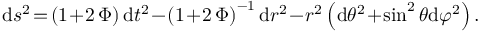
\begin{array} { r } { \begin{array} { r c l } { \displaystyle \mathrm { d } s ^ { 2 } \! = \! \left( 1 \! + \! 2 \, \Phi \right) \mathrm { d } t ^ { 2 } \! - \! \left( 1 \! + \! 2 \, \Phi \right) ^ { - 1 } \mathrm { d } r ^ { 2 } \! - \! r ^ { 2 } \left( \mathrm { d } \theta ^ { 2 } \! + \! \sin ^ { 2 } \theta \mathrm { d } \varphi ^ { 2 } \right) . } \end{array} } \end{array}